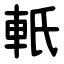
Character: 軝